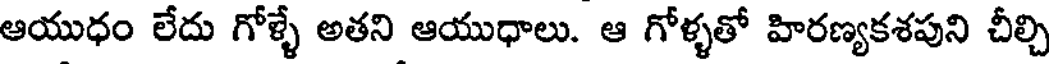
ఆయుధం లేదు గోళ్ళే అతని ఆయుధాలు. ఆ గోళ్ళతో హిరణ్యకశపుని చీల్చి